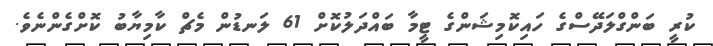
ކުރީ ބަންގްލަދޭސްގެ ހައިކޮމިޝަންގެ ޓީމާ ބައްދަލުކޮށް 61 ލަނޑުން މެޗް ކާމިޔާބު ކޮށްގެންނެވެ.